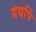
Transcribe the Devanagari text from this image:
यद्यपिं